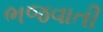
ભજવાતી